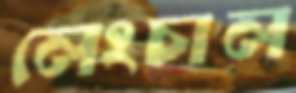
লেংচাল